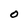
Character: O